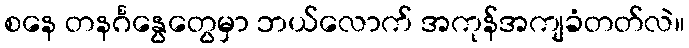
စနေ တနင်္ဂနွေတွေမှာ ဘယ်လောက် အကုန်အကျခံတတ်လဲ။